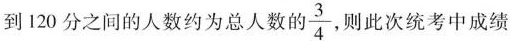
120分之间的人数约为总人数的\frac{3}{4}，则此次统考中成绩